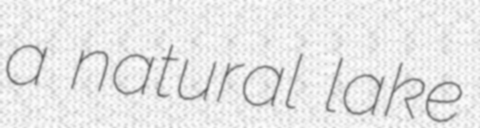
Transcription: a natural lake